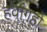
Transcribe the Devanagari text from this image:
हवांगहो